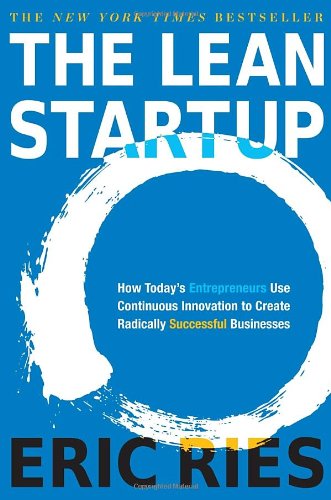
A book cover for The Lean Startup: How Today's Entrepreneurs Use Continuous Innovation to Create Radically Successful Businesses; Eric Ries; Business & Money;